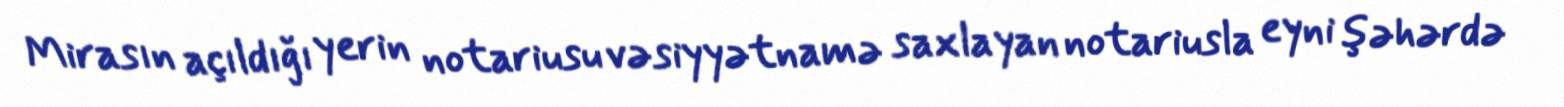
Mirasın açıldığı yerin notariusu vəsiyyətnamə saxlayan notariusla eyni şəhərdə